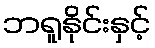
ဘရူနိုင်းနှင့်